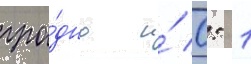
гро́дно и́ 0: 1